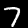
Label: 7